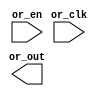
// SPDX-License-Identifier: Apache-2.0
// Copyright (C) 2019 Intel Corporation. All rights reserved
//-----------------------------------------------------------------------------
//  Clock OR macro
//-----------------------------------------------------------------------------

module altr_hps_ckor_gate (
    input  wire              or_clk,     // or input 1
    input  wire              or_en,     // or input 2
    output  wire             or_out      // or output
);

// -------------------
// Port declarations
// -------------------

// -----
// RTL
// -----

`ifdef ALTR_HPS_INTEL_MACROS_OFF
assign or_out = or_clk | or_en;

`else



`endif

endmodule